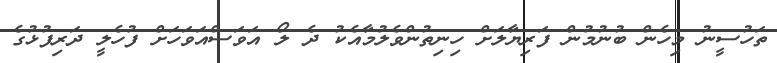
ތަހުސީނު މިހެން ބުނުމުން ފަރިޔާލަށް ހިނިތުންވެލުމާއެކު ދެ ލޯ އަވަސްއަވަހަށް ފުހެލީ ދަރިފުޅުގެ